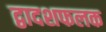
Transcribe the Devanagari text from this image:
द्वादशफलक